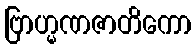
ဗြာဟ္မဏဇာတိကော